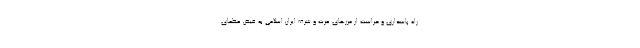
راه پاسداری و حراست از مرزهای عزت و شرف ایران اسلامی به فیض عظمای